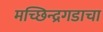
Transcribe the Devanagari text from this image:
मच्छिन्द्रगडाचा